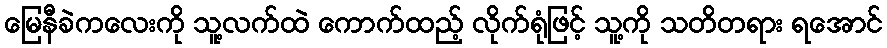
မြေနီခဲကလေးကို သူ့လက်ထဲ ကောက်ထည့် လိုက်ရုံဖြင့် သူ့ကို သတိတရား ရအောင်